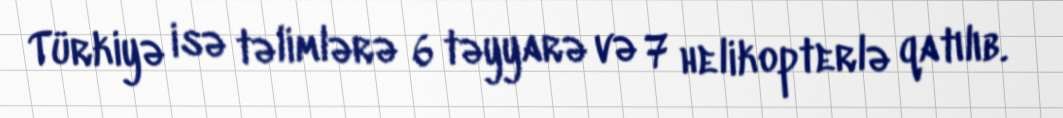
Türkiyə isə təlimlərə 6 təyyarə və 7 helikopterlə qatılıb.